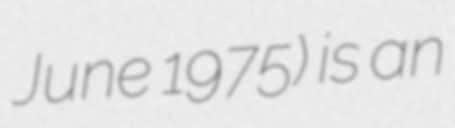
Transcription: June 1975) is an